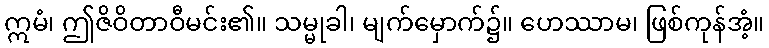
ဣမံ၊ ဤဇိဝိတာဝီမင်း၏။ သမ္မုခါ၊ မျက်မှောက်၌။ ဟေဿာမ၊ ဖြစ်ကုန်အံ့။